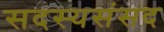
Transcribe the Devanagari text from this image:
सदस्यसंसद